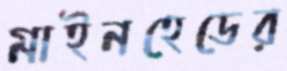
মাইনহেডের